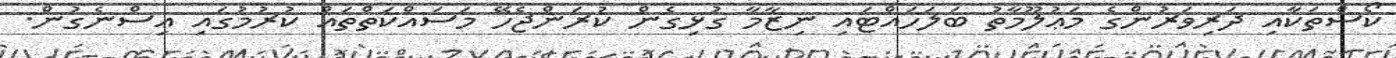
ކޯސްތަކާއި ދަރިވަރުންގެ މަޢުލޫމާތު ބަލަހައްޓައި ނިޒާމާ ގުޅިގެން ކުރަންޖެހޭ މަސައްކަތްތައް ކުރުމުގައި އިސްނެގުން.